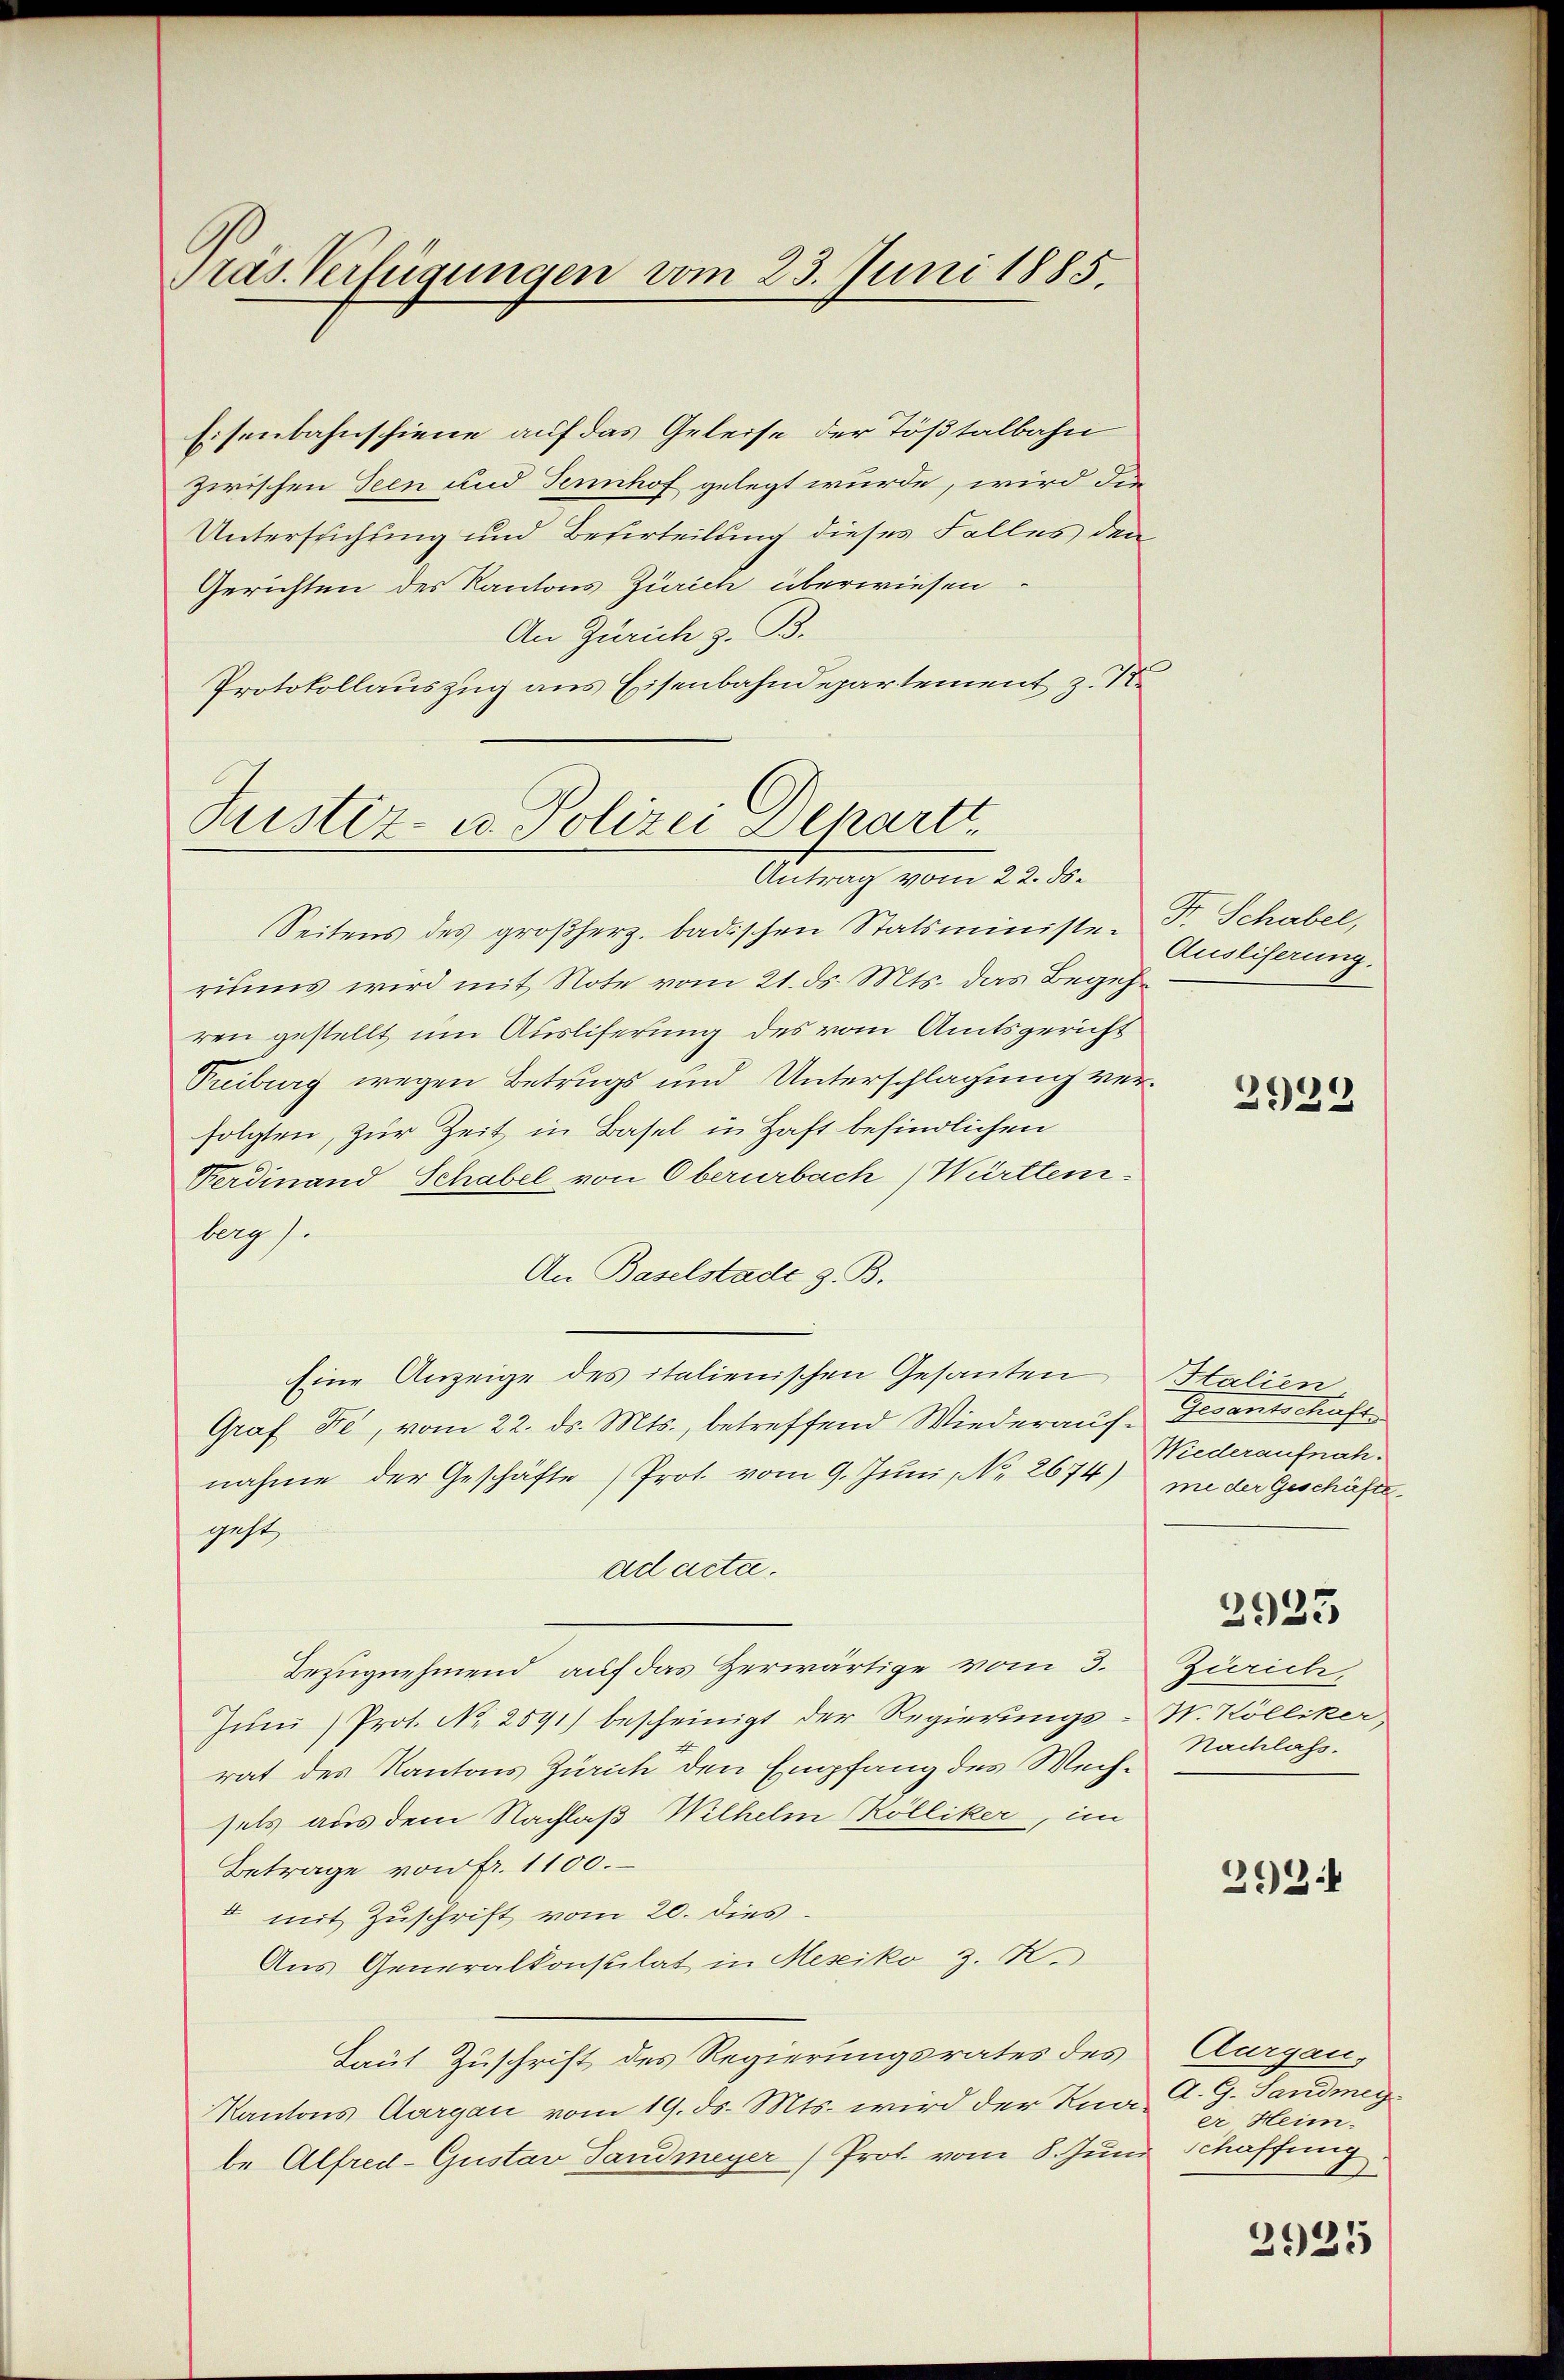
Präs. Verfügungen vom 23. Juni 1885.

Eisenbahnschiene auf das Geleise der Tößtalbahn
zwischen Seen und Sennhof gelegt wurde, wird die
Untersuchung und Beferteilung dieses Falles den
Gerichten des Kantons Zürich überwiesen
An Zürich z. B.
Protokollauszug aus Eisenbahndepartement z.

Justiz- u. Polizei Depart
Antrag vom 22. ds.

Seitens des großherz. badischen Statsministe- F. Schabel,
riums wird mit Note vom 21. ds. Mts. das Begehren gestellt um Ausliferung des vom Amtsgericht
Freiburg wegen Betrugs und Unterschlagung verfolgten, zur Zeit in Basel in Haft befindlichen
Rerdinand Schabel von Oberurbach Württemberg s.
An Baselstadt z. B.
Eine Anzeige des italienischen Gesanten
Graf Fe, vom 22. ds. Mts., betreffend Wiederaufnahme der Geschäfte (Prot. vom 9. Juni, No. 2674) me der Geschäftsgeht,
ad acta.
Bezugnehmend, auf das Zerwärtige vom 3.
Jŭni (Prot. No. 2591) bescheinigt der Regierŭngs-N. Kölliker
rat des Kantons Zürich den Empfang des Wechsels aus dem Nachlaß Wilhelm Rölliker, im
Betrage von fr. 1100.
I mit Zuschrift vom 20. dies
Aus Generalkonsulat in Mesiko z. R.
Laut Zuschrift des Regierungsrates des
Kantons Aargau vom 19. ds. Mts. wird der Knabe Alfred-Gustav Sandmeyer (Prot. vom 8. Juni

Ausliferung.

2923

Htalien.
Gesantschaft
Wiederaufnah

2933

Zürich.
Nachlass.

292.

Aurgau,
A. G. Sandenz.
e Heim.
Schaffung
b

2925